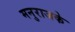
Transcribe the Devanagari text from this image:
मनुराजके